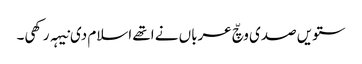
ستویں صدی وچّ عرباں نے اتھے اسلام دی نیہہ رکھی۔